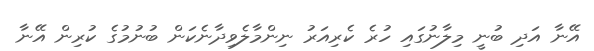
އޭނާ އަދި ބުނީ މިލާނުގައި ހުރެ ކެރިއަރު ނިންމާލެވިދާނެކަން ބުނުމުގެ ކުރިން އޭނާ